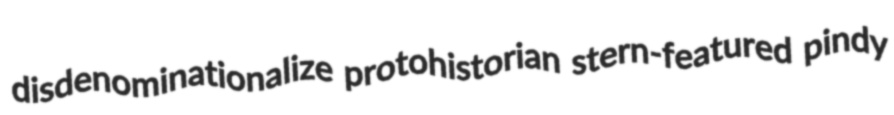
disdenominationalize protohistorian stern-featured pindy